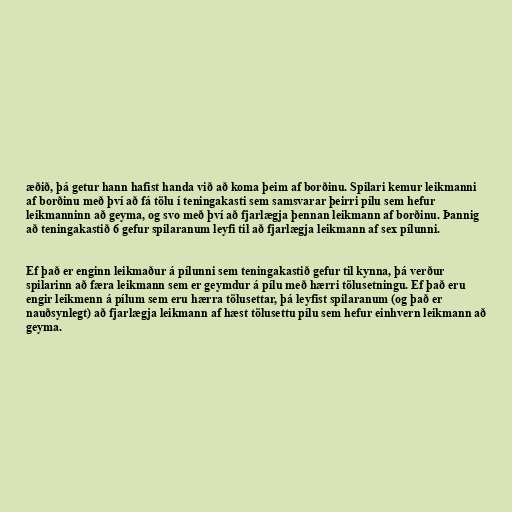
æðið, þá getur hann hafist handa við að koma þeim af borðinu. Spilari kemur leikmanni
af borðinu með því að fá tölu í teningakasti sem samsvarar þeirri pílu sem hefur
leikmanninn að geyma, og svo með því að fjarlægja þennan leikmann af borðinu. Þannig
að teningakastið 6 gefur spilaranum leyfi til að fjarlægja leikmann af sex pílunni.

Ef það er enginn leikmaður á pílunni sem teningakastið gefur til kynna, þá verður
spilarinn að færa leikmann sem er geymdur á pílu með hærri tölusetningu. Ef það eru
engir leikmenn á pílum sem eru hærra tölusettar, þá leyfist spilaranum (og það er
nauðsynlegt) að fjarlægja leikmann af hæst tölusettu pílu sem hefur einhvern leikmann að
geyma.